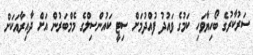
ސަރުކާރުގެ ބޯހިޔާވަހި ކަމުގެ ވައުދު ފުއްދުމަށް ސިޓީ ކައުންސިލްގެ މެމްބަރުން އަށް ދާއިރާއަކަށް